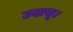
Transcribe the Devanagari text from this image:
उदासू।